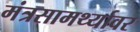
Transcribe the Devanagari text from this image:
मंत्रसामर्थ्यावर